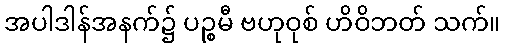
အပါဒါန်အနက်၌ ပဉ္စမီ ဗဟုဝုစ် ဟိဝိဘတ် သက်။